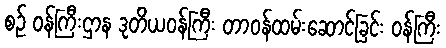
စဉ် ဝန်ကြီးဌာန ဒုတိယဝန်ကြီး တာဝန်ထမ်းဆောင်ခြင်း ဝန်ကြီး